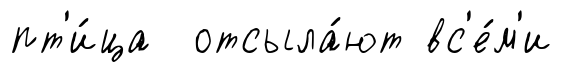
пт'и́ца отсыла́ют вс'е́м'и